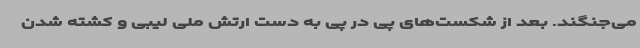
می‌جنگند. بعد از شکست‌های پی در پی به دست ارتش ملی لیبی و کشته شدن